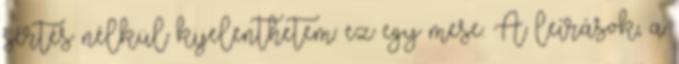
sértés nélkül kijelenthetem: ez egy mese. A leírások, a